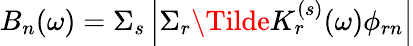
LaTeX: B_{n}(\omega)=\Sigma_{s}\left|\Sigma_{r}\Tilde{K}_{r}^{(s)}(\omega)\phi_{rn}\right|